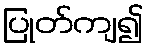
ပြုတ်ကျ၍